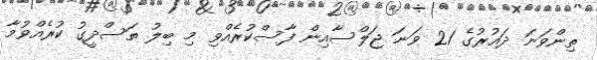
ތިންވަނަ ދައުރުގެ 21 ވަނަ ޖަލްސާއިން ފާސްކުރެއްވި މި ބިލު ތަސްދީގު ކުރެއްވުމާ